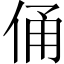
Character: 俑